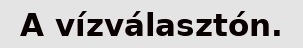
A vízválasztón.